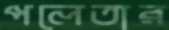
পলেতার